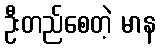
ဦးတည်စေတဲ့ မာန